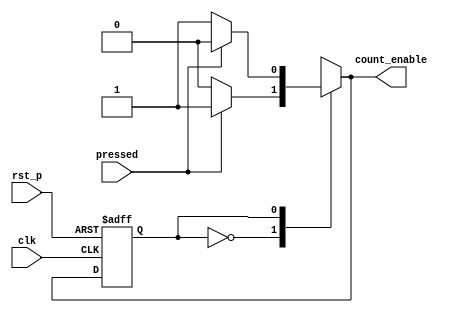
`timescale 1ns / 1ps
//////////////////////////////////////////////////////////////////////////////////
// Company: 
// Engineer: 
// 
// Design Name: 
// Module Name: FSM
// Project Name: 
// Target Devices: 
// Tool Versions: 
// Description: 
// 
// Dependencies: 
// 
// Revision:
// Revision 0.01 - File Created
// Additional Comments:
// 
//////////////////////////////////////////////////////////////////////////////////


`define STAT_PAUSE 0
`define STAT_START 1
`define ENABLED 1
`define DISABLED 0

module FSM(
    input pressed,
    input rst_p,
    input clk,
    output reg count_enable
    );
    reg next_state;
    reg state;
    
always@*
    case (state)
        `STAT_PAUSE:
            if (pressed)  
            begin
                next_state <= `STAT_START;
                count_enable <= `ENABLED;
            end
            else  
            begin
                next_state <= `STAT_PAUSE;
                count_enable <= `DISABLED;
            end
        `STAT_START:
            if (pressed)  
            begin
                next_state <= `STAT_PAUSE;
                count_enable <= `DISABLED;
            end
            else  
            begin
                next_state <= `STAT_START;
                count_enable <= `ENABLED;
            end
        default:
            begin
                next_state <= `STAT_START;
                count_enable <= `ENABLED;
            end
        endcase
        
always @(posedge clk or posedge rst_p)
    if (rst_p)  
        state <= `STAT_PAUSE;
    else 
        state <= next_state;
        
endmodule